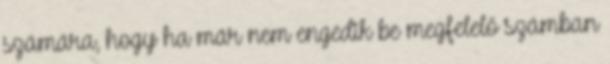
számára, hogy ha már nem engedik be megfelelő számban